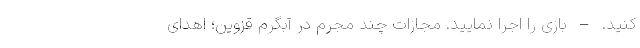
کنید. – بازی را اجرا نمایید. مجازات چند مجرم در آبگرم قزوین؛ اهدای